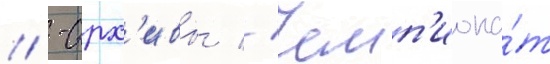
// -арх'ивы // Чемп'иона́т